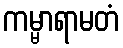
ကမ္မာရာမတံ